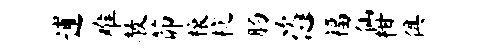
逋难赦茆榱杭肠恣福仙柑俱